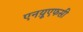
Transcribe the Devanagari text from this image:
एनय़ूएफसी